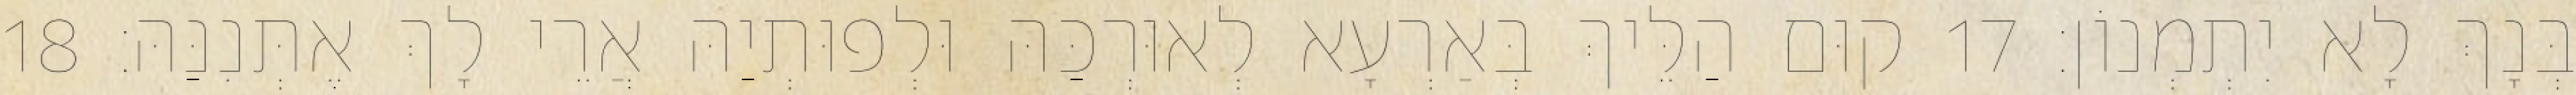
בְּנָךְ לָא יִתְמְנוֹן׃ 17 קוּם הַלֵּיךְ בְּאַרְעָא לְאוּרְכַּהּ וּלְפוּתְיַהּ אֲרֵי לָךְ אֶתְּנִנַּהּ׃ 18